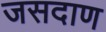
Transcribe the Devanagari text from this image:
जसदाण